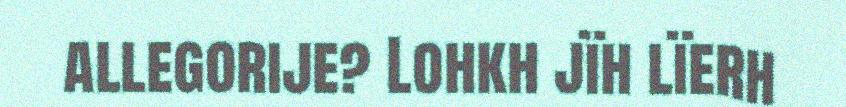
allegorije? Lohkh jïh lïerh